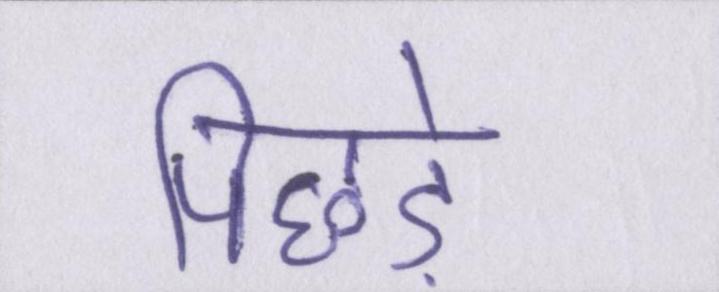
पिछड़े